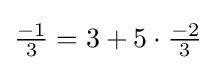
{\tfrac {-1}{3}}=3+5\cdot {\tfrac {-2}{3}}